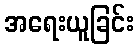
အရေးယူခြင်း